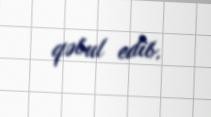
qəbul edib.